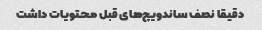
دقیقا نصف ساندویچ‌های قبل محتویات داشت